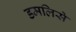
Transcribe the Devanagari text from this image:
डमलिसे